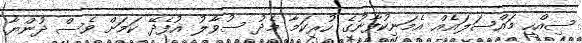
ސިއްހީ މައްސަލައެއް އެމަނިކުފާނުގެ ހުރިކަމާ މެދު ސުވާލު އުފެދޭ ކަމަށް ވެސް ދުންޔާ